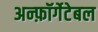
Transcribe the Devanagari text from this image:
अन्फ़ॉर्गेटेबल